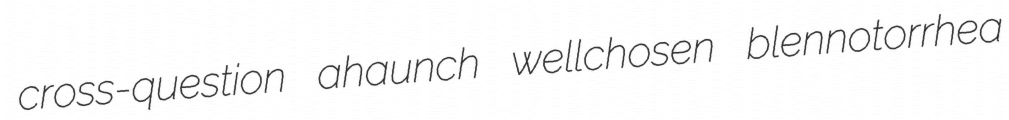
cross-question ahaunch wellchosen blennotorrhea